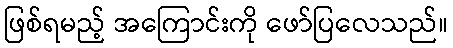
ဖြစ်ရမည့် အကြောင်းကို ဖော်ပြလေသည်။